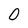
Character: 0